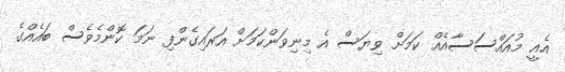
އެއީ މުއައްސަސާއެއް ކަމަށް ވިޔަސް އެ މިނިވަންކަމަށް އަރައިގެންފި ނަމަ ކޮންމެވެސް ބައެއްގެ